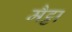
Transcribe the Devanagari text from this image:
मैट्टा